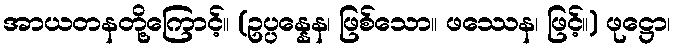
အာယတနတို့ကြောင့်။ (ဥပ္ပန္နေန၊ ဖြစ်သော။ ဖဿေန၊ ဖြင့်။) ဖုဋ္ဌော၊